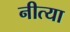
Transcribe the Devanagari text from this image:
नीत्या